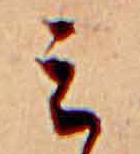
ミ